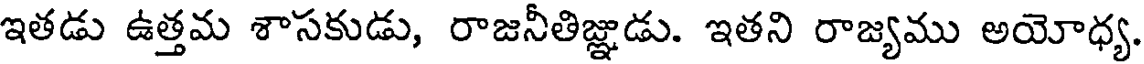
ఇతడు ఉత్తమ శాసకుడు, రాజనీతిజ్ఞుడు. ఇతని రాజ్యము అయోధ్య.